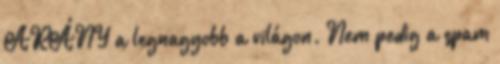
ARÁNY a legnagyobb a világon. Nem pedig a spam